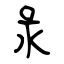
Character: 彔